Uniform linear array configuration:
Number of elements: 32
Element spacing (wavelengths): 0.25
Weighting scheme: exponential
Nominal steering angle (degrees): -45
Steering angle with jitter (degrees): -43.167
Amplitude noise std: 0.05
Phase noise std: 0.05

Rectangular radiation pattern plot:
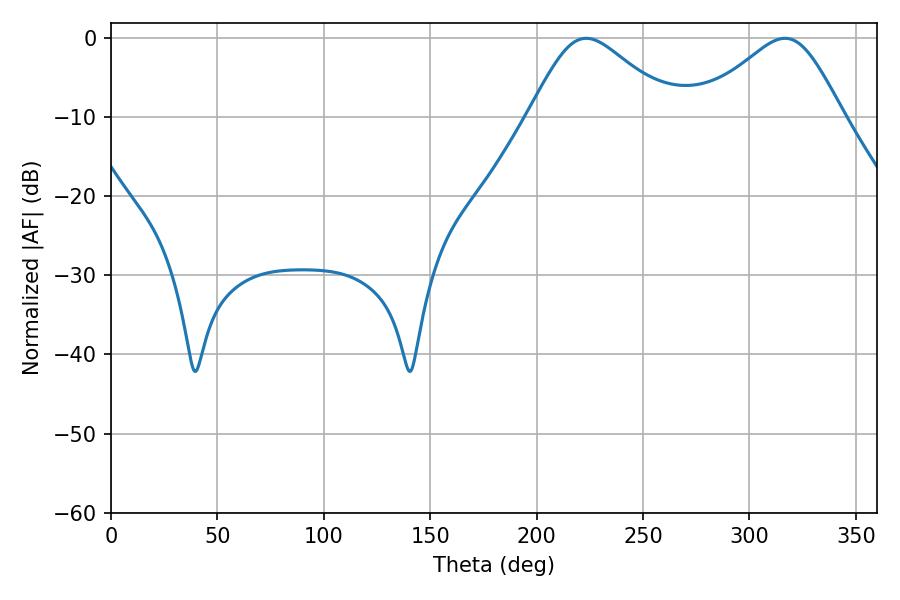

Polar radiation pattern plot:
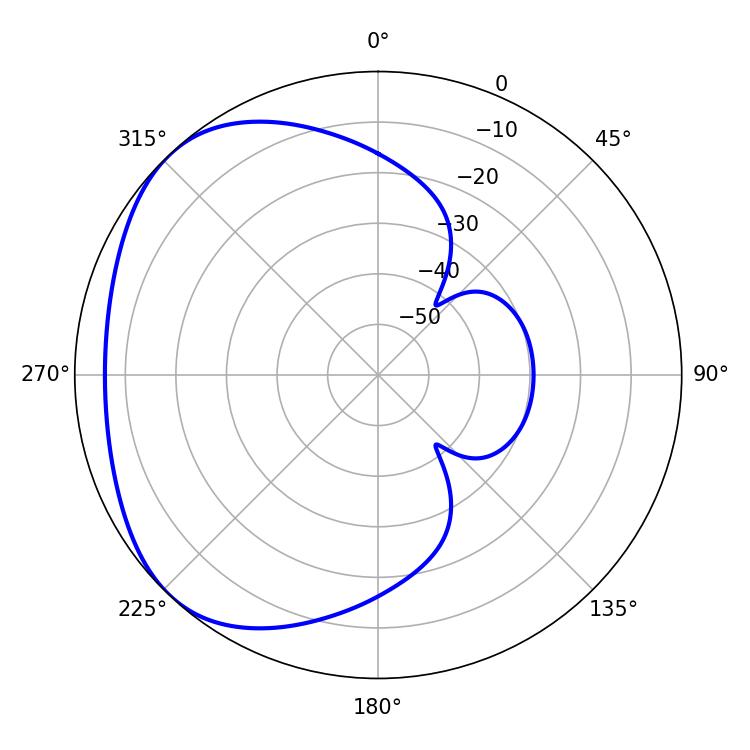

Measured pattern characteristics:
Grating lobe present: FALSE
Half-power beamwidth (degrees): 33.48
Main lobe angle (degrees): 223.2